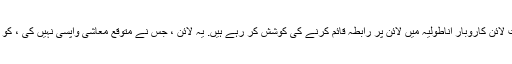
ترکی جمہوریہ کے بعد رانٹرییکرت لائن کاروبار اناطولیہ میں لائن پر رابطہ قائم کرنے کی کوشش کر رہے ہیں. یہ لائن ، جس نے متوقع معاشی واپسی نہیں کی ، کو 1931 اگست 18 کو روک دیا گیا۔